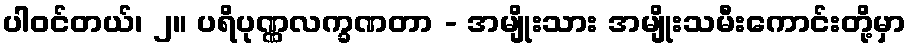
ပါဝင်တယ်၊ ၂။ ပရိပုဏ္ဏလက္ခဏတာ - အမျိုးသား အမျိုးသမီးကောင်းတို့မှာ